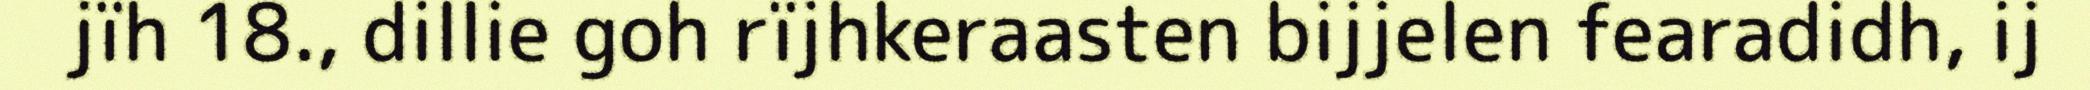
jïh 18., dillie goh rïjhkeraasten bijjelen fearadidh, ij